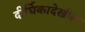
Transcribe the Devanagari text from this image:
दीर्घिकादेखील